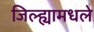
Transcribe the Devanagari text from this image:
जिल्ह्यामधले